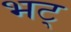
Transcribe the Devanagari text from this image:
भट्